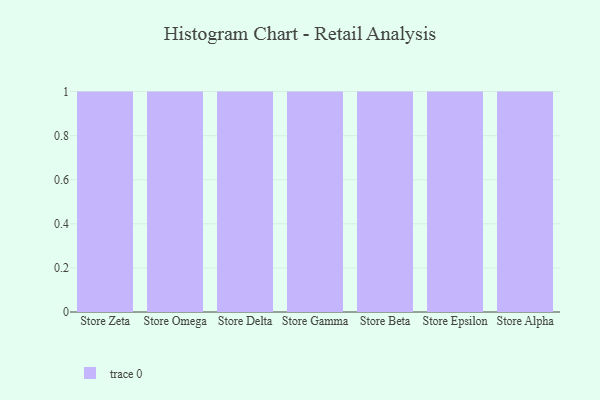
{"axis": {"x": "Store", "y": "Churn Rate (%)"}, "legend": [""], "data": [{"x": "Store Zeta", "y": 30, "type": ""}, {"x": "Store Omega", "y": 17, "type": ""}, {"x": "Store Delta", "y": 48, "type": ""}, {"x": "Store Gamma", "y": 16, "type": ""}, {"x": "Store Beta", "y": 14, "type": ""}, {"x": "Store Epsilon", "y": 53, "type": ""}, {"x": "Store Alpha", "y": 42, "type": ""}]}